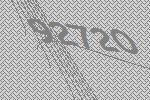
92720